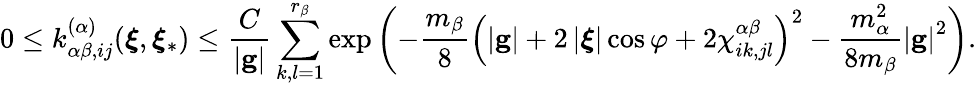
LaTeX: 0\leq k_{\alpha\beta,ij}^{\left(\alpha\right)}(\boldsymbol{\xi},\boldsymbol{\xi}_{\ast})\leq\frac{C}{\left\vert\mathbf{g}\right\vert}\sum_{k,l=1}^{r_{\beta}}\exp\left(-\frac{m_{\beta}}{8}\left(\left\vert\mathbf{g}\right\vert+2\left\vert\boldsymbol{\xi}\right\vert\cos\varphi+2\chi_{ik,jl}^{\alpha\beta}\right)^{2}-\frac{m_{\alpha}^{2}}{8m_{\beta}}\left\vert\mathbf{g}\right\vert^{2}\right)\mathrm{.}